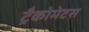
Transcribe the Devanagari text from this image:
ट्रैकोमेटस